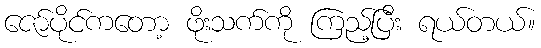
ဇော်ပိုင်ကတော့ ဖိုးသက်ကို ကြည့်ပြီး ရယ်တယ်။